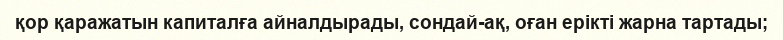
қор қаражатын капиталға айналдырады, сондай-ақ, оған ерікті жарна тартады;